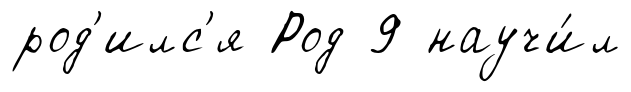
род'илс'я Род 9 научи́л